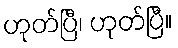
ဟုတ်ပြီ၊ ဟုတ်ပြီ။